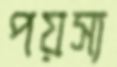
পয়স্য